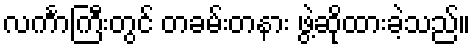
လင်္ကာကြီးတွင် တခမ်းတနား ဖွဲ့ဆိုထားခဲ့သည်။